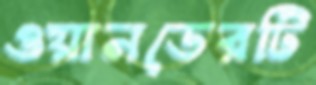
ওয়ানডেরটি